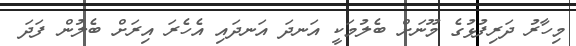
މިހާރު ދަރިފުޅުގެ މޫނަށް ބެލުމަކީ އަނދަ އަނދައި އެހެރަ އިރަށް ބެލުން ފަދަ